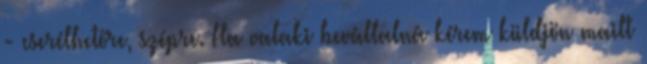
- cserélhetőre, szépre. Ha valaki bevállalná kérem küldjön mailt